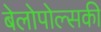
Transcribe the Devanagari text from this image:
बेलोपोल्सकी